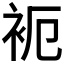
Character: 𬡉